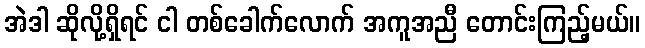
အဲဒါ ဆိုလို့ရှိရင် ငါ တစ်ခေါက်လောက် အကူအညီ တောင်းကြည့်မယ်။